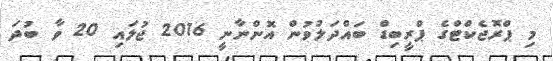
މި ޕްރޮޖެކްޓްގެ ޕްރީބިޑް ބައްދަލުވުން އޮންނާނީ 2016 ޖުލައި 20 ވާ ބުދަ